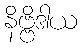
နိဗ္ဗိဒါယ